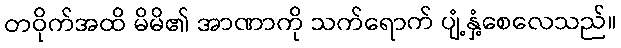
တဝိုက်အထိ မိမိ၏ အာဏာကို သက်ရောက် ပျံ့နှံ့စေလေသည်။